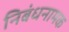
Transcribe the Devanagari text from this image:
निबंधनामक